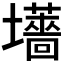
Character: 𫮽